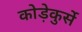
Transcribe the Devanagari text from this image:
कोड़ेकुर्से